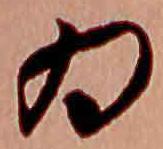
為